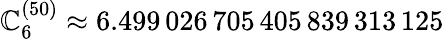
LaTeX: \mathbb{C}_{6}^{(50)}\approx6.499\, 026\, 705\, 405\, 839\, 313\, 125